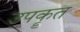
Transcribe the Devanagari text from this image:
उपकॄत